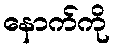
နောက်ကို